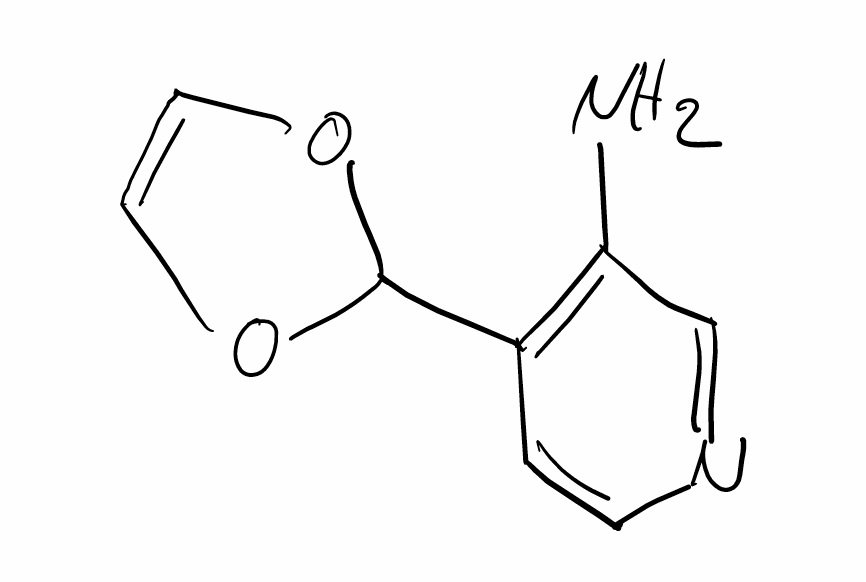
Simplified molecular-input line-entry system (SMILES) notation of the given molecule:
C1=CN=CC(=C1C2OC=CO2)N